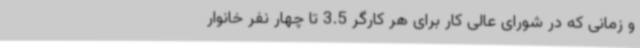
و زمانی که در شورای عالی کار برای هر کارگر 3.5 تا چهار نفر خانوار